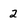
Character: 2